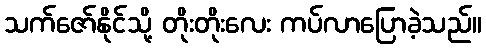
သက်ဇော်နိုင်သို့ တိုးတိုးလေး ကပ်လာပြောခဲ့သည်။